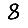
Digit: 8